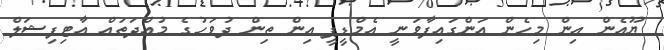
ޔޫއެން އިން މިހެން އަންގައިފާވަނީ އެމްޑީޕީ އިން ތިން ދުވަހުގެ މުއްދަތައް އާޓިފިޝަލް